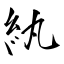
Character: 紈